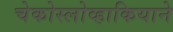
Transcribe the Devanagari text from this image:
चेकोस्लोव्हाकियाने